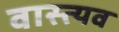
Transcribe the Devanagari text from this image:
वास्त्यव